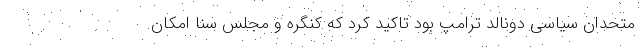
متحدان سیاسی دونالد ترامپ بود تاکید کرد که کنگره و مجلس سنا امکان